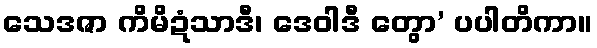
သေဒဇာ ကိမိဍံသာဒီ၊ ဒေဝါဒီ တွော’ ပပါတိကာ။